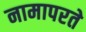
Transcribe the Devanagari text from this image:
नामापरते